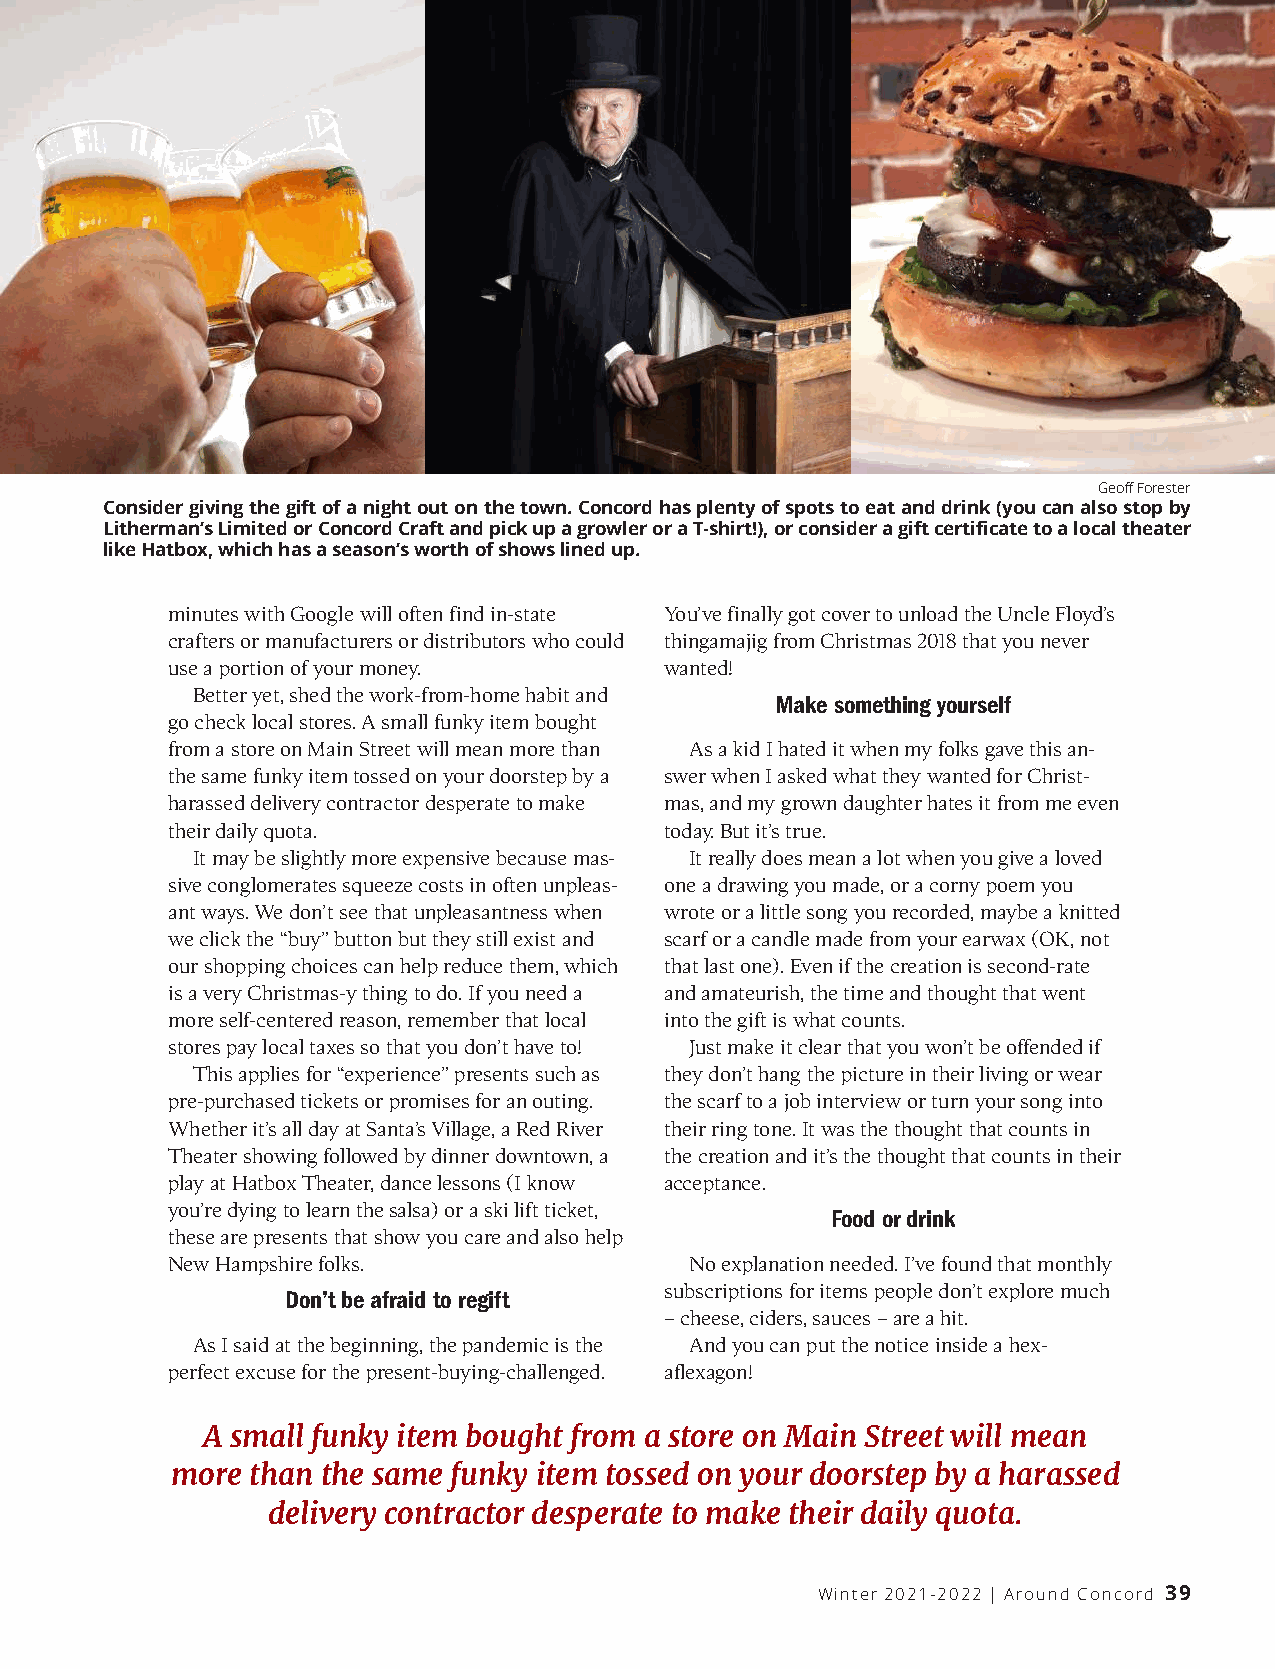
Geoff Forester
 Consider givingthe giftof anight outon thetown. Concord hasplenty ofspots toeat anddrink (youcan alsostop by
 L i t h e r m a n’s Limited or Concord Craft and pick up a growler or a T-shirt!), or consider a gift certificate to a local theater
 like Hatbox, which has a season’s worth of shows lined up.
 minutes with Google will often find in-state Yo u’ve finally got cover to unload the Uncle Floyd’s
 crafters or manufacturers or distributors who could thingamajig from Christmas 2018 that you never
 use a portion of your money.     wa n te d !
 Better yet, shed the work-from-home habit and
 Make something yourself
 go check local stores. A small funky item bought
 from a store on Main Street will mean more than As a kid I hated it when my folks gave this an-
 the same funky item tossed on your doorstep by a swer when I asked what they wanted for Christ-
 harassed delivery contractor desperate to make mas, and my grown daughter hates it from me even
 their daily quota.               today. But it’s true.
 It may be slightly more expensive because mas- It really does mean a lot when you give a loved
 sive conglomerates squeeze costs in often unpleas- one a drawing you made, or a corny poem you
 ant ways. We don’t see that unpleasantness when wrote or a little song you recorded, maybe a knitted
 we click the “b uy ”button but they still exist and scarf or a candle made from your earwax (OK, not
 our shopping choices can help reduce them, which that last one). Even if the creation is second-rate
 is a very Christmas-y thing to do. If you need a and amateurish, the time and thought that went
 more self-centered reason, remember that local into the gift is what counts.
 stores pay local taxes so that you don’t have to! Just make it clear that you won’t be offended if
 This applies for “ex p e r i e n ce”presents such as they don’t hang the picture in their living or wear
 pre-purchased tickets or promises for an outing. the scarf to a job interview or turn your song into
 Whether it’s all day at Santa’s Village, a Red River their ring tone. It was the thought that counts in
 Theater showing followed by dinner downtown, a the creation and it’s the thought that counts in their
 play at Hatbox Theater, dance lessons (I know a cce p ta n ce .
 yo u’re dying to learn the salsa) or a ski lift ticket,
 Food or drink
 these are presents that show you care and also help
 New Hampshire folks.               No explanation needed. I’ve found that monthly
 subscriptions for items people don’t explore much
 D on’t be afraid to regift
 –cheese, ciders, sauces –are a hit.
 As I said at the beginning, the pandemic is the And you can put the notice inside a hex-
 perfect excuse for the present-buying-challenged. a f l exa go n !
 A small funky item bought from a store on Main Street will mean
 more  than the same funky item tossed on your doorstep by a harassed
 delivery contractor desperate to make their daily quota.
 Winter 2021-2022 | Around Concord 39